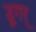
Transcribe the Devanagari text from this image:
डूगर्